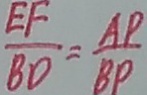
\frac { E F } { B D } = \frac { A P } { B P }